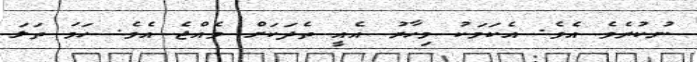
ނުކުރެވެ އެވެ. އެކަމަކު މިހާރު އެއީ ތެދަކަށް ވެއްޖެ އެވެ. ހަމަ ތަލަ